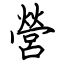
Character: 營